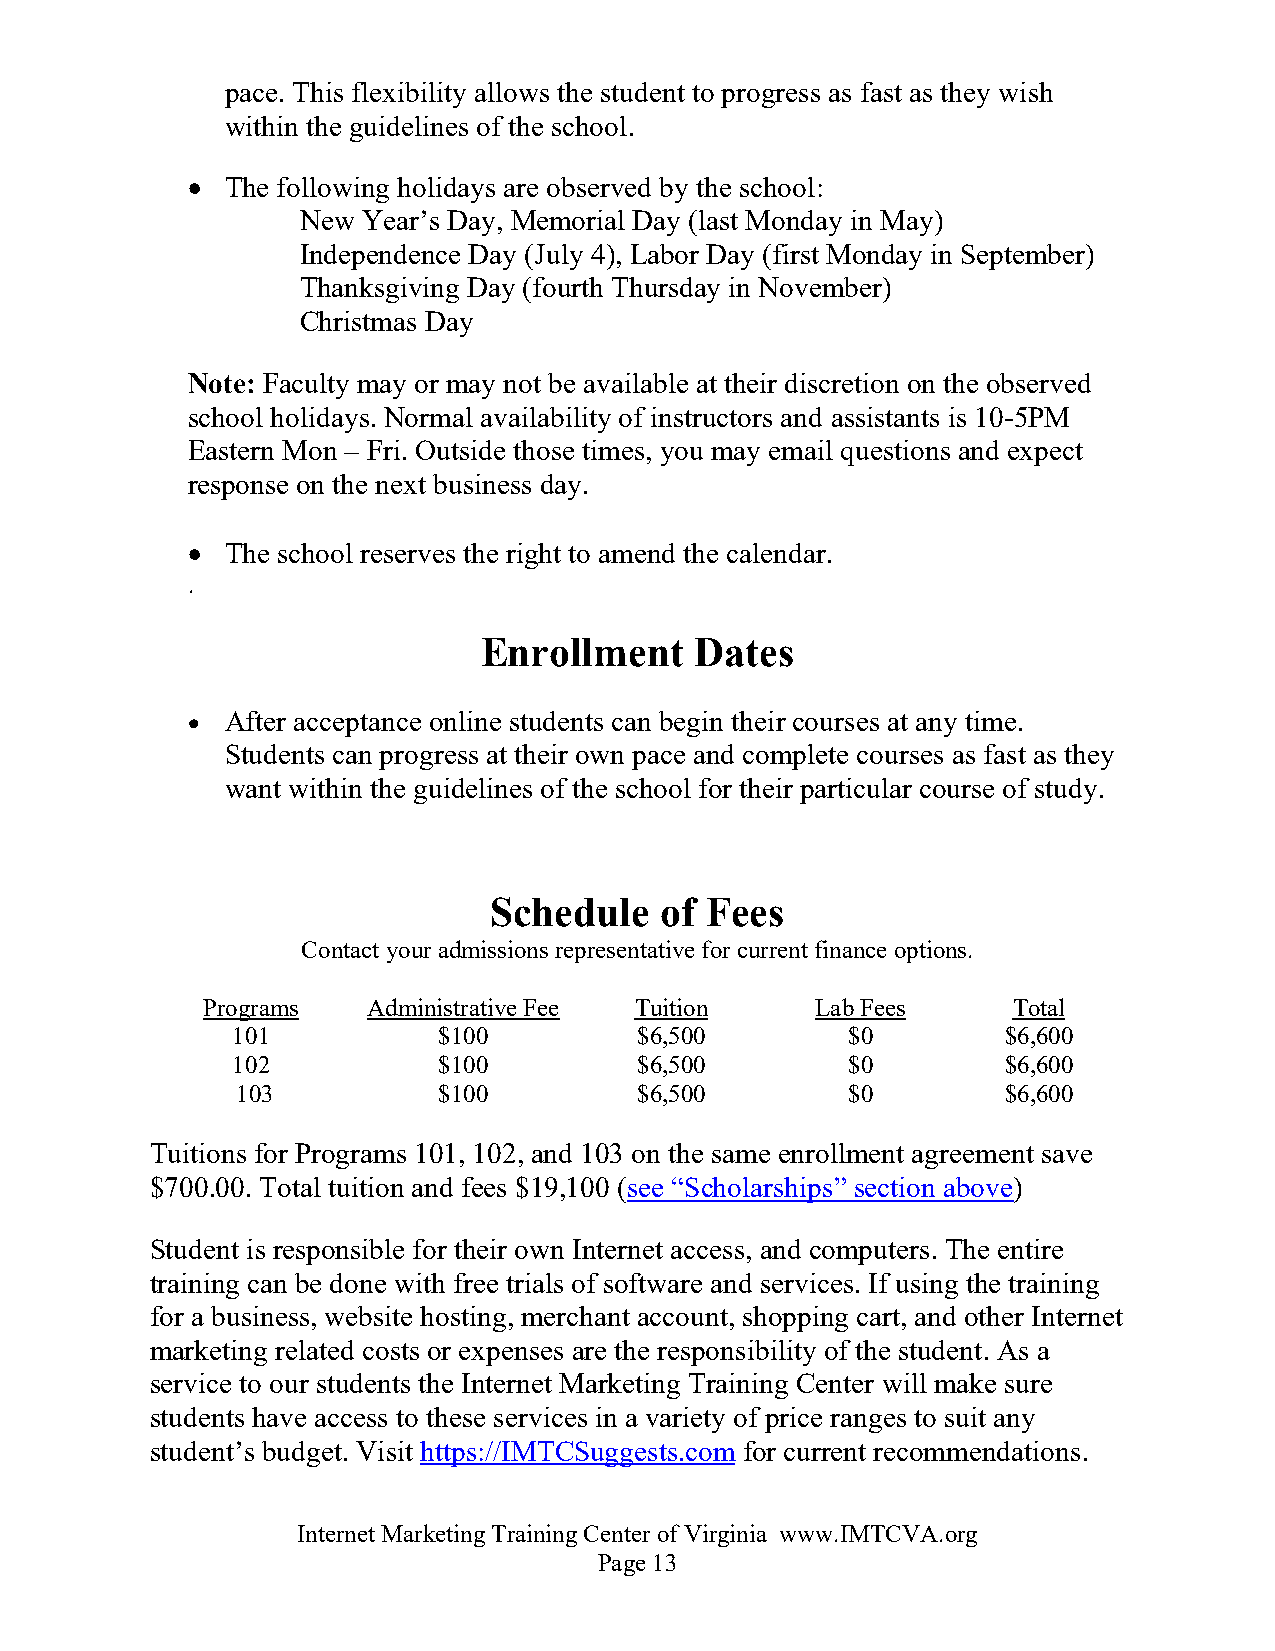
pace. This flexibility allows the student to progress as fast as they wish
 within the guidelines of the school.
 •  The following holidays are observed by the school:
 New Year’s Day, Memorial Day (last Monday in May)
 Independence Day (July 4), Labor Day (first Monday in September)
 Thanksgiving Day (fourth Thursday in November)
 Christmas Day
 Note: Faculty may or may not be available at their discretion on the observed
 school holidays. Normal availability of instructors and assistants is 10-5PM
 Eastern Mon – Fri. Outside those times, you may email questions and expect
 response on the next business day.
 •  The school reserves the right to amend the calendar.
 .
 Enrollment    Dates
 •  After acceptance online students can begin their courses at any time.
 Students can progress at their own pace and complete courses as fast as they
 want within the guidelines of the school for their particular course of study.
 Schedule    of Fees
 Contact your admissions representative for current finance options.
 Programs   Administrative Fee Tuition    Lab Fees     Total
 101           $100         $6,500        $0         $6,600
 102           $100         $6,500        $0         $6,600
 103          $100         $6,500        $0         $6,600
 Tuitions for Programs 101, 102, and 103 on the same enrollment agreement save
 $700.00. Total tuition and fees $19,100 (see “Scholarships” section above)
 Student is responsible for their own Internet access, and computers. The entire
 training can be done with free trials of software and services. If using the training
 for a business, website hosting, merchant account, shopping cart, and other Internet
 marketing related costs or expenses are the responsibility of the student. As a
 service to our students the Internet Marketing Training Center will make sure
 students have access to these services in a variety of price ranges to suit any
 student’s budget. Visit https://IMTCSuggests.com for current recommendations.
 Internet Marketing Training Center of Virginia www.IMTCVA.org
 Page 13